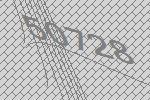
50728